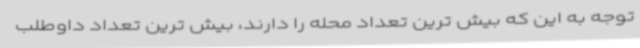
توجه به این که بیش ترین تعداد محله را دارند، بیش ترین تعداد داوطلب